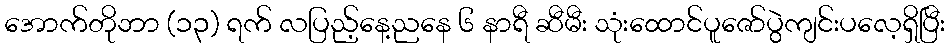
အောက်တိုဘာ (၁၃) ရက် လပြည့်နေ့ညနေ ၆ နာရီ ဆီမီး သုံးထောင်ပူဇော်ပွဲကျင်းပလေ့ရှိပြီး